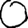
Digit: 0